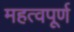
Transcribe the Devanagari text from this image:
महत्‍वपूर्ण